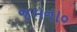
જમના૦